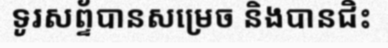
ទូរសព្ទ័បានសម្រេច និងបានជិះ